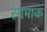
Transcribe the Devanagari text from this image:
सामाक